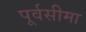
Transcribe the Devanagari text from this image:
पूर्वसीमा